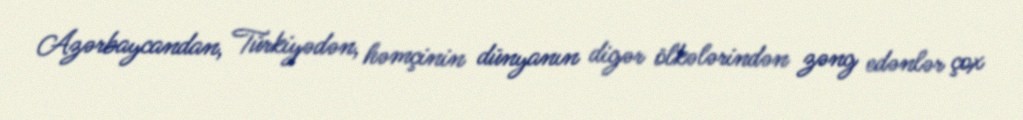
Azərbaycandan, Türkiyədən, həmçinin dünyanın digər ölkələrindən zəng edənlər çox